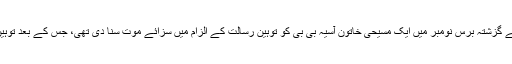
پاکستانی صوبہ پنجاب کی ایک ضلعی عدالت نے گزشتہ برس نومبر میں ایک مسیحی خاتون آسیہ بی بی کو توہین رسالت کے الزام میں سزائے موت سنا دی تھی، جس کے بعد توہین رسالت کے متنازعہ قانون پر بحث چھڑ گئی۔